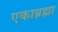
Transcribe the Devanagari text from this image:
एकाब्रह्मा